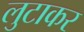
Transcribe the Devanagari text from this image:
लुटाकर